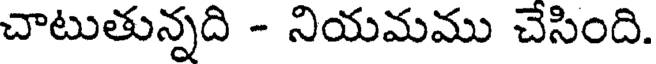
చాటుతున్నది - నియమము చేసింది.